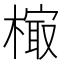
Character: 𰘢